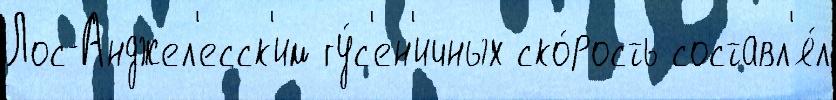
Лос-Анджел'есск'им гу́с'ен'ичных ско́рость составл'я́л